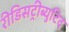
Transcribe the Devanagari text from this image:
रीडिसट्रीब्युटिद